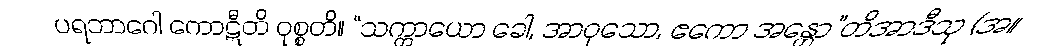
ပရဘာဂေါ ကောဋီတိ ဝုစ္စတိ။ “သက္ကာယော ခေါ, အာဝုသော, ဧကော အန္တော”တိအာဒီသု (အ။